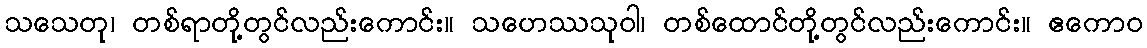
သသေတု၊ တစ်ရာတို့တွင်လည်းကောင်း။ သဟေဿသုဝါ၊ တစ်ထောင်တို့တွင်လည်းကောင်း။ ဧကောဝ